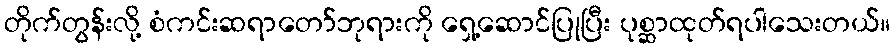
တိုက်တွန်းလို့ စံကင်းဆရာတော်ဘုရားကို ရှေ့ဆောင်ပြုပြီး ပုစ္ဆာထုတ်ရပါသေးတယ်။